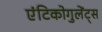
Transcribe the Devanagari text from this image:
एंटिकोगुलेंट्स